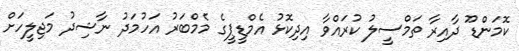
ކޮމަންޑޫ ދާއިރާ ތަމްސީލު ކުރައްވާ އިދިކޮޅު އެމްޑީޕީގެ މެމްބަރު އަހުމަދު ނާޝިދު މަޖިލީހަށް